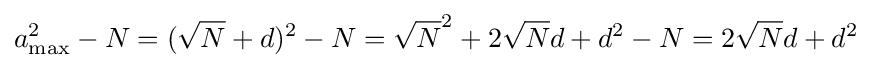
a_{\mathrm {max} }^{2}-N=({\sqrt {N}}+d)^{2}-N={\sqrt {N}}^{2}+2{\sqrt {N}}d+d^{2}-N=2{\sqrt {N}}d+d^{2}